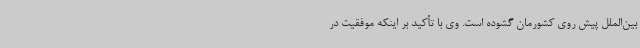
بین‌الملل پیش روی کشورمان گشوده است. وی با تأکید بر اینکه موفقیت در